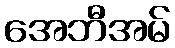
အေဘီအမ်